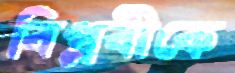
বিপ্লবীকে